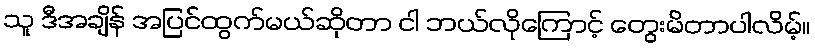
သူ ဒီအချိန် အပြင်ထွက်မယ်ဆိုတာ ငါ ဘယ်လိုကြောင့် တွေးမိတာပါလိမ့်။